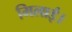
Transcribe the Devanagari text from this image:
मिलाई।